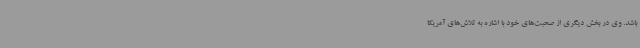
باشد. وی در بخش دیگری از صحبت‌های خود با اشاره به تلاش‌های آمریکا